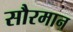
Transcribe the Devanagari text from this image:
सौरमान